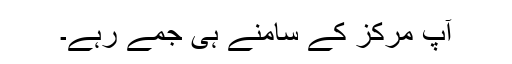
آپ مرکز کے سامنے ہی جمے رہے۔